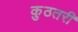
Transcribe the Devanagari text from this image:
कुठतरी